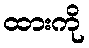
ထားကို